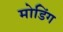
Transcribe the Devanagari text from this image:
मोडिंग